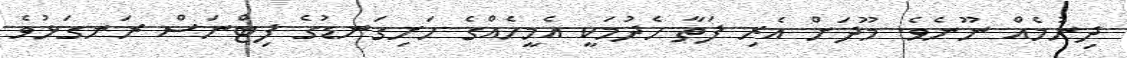
ދިނުމެއް ނޫނެވެ. މޫދަށް އެރި ފަތާ ހެދުމަކީ އެމީހެއްގެ ހަށިގަނޑުގެ ފިޓްނަސް ރަނގަޅުވެ